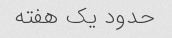
حدود یک هفته